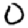
Digit: 0